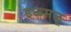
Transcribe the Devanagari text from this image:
डळमळू